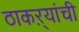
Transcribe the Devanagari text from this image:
ठाकऱ्यांची